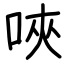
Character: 唊